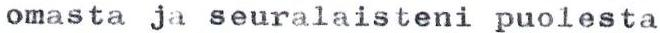
omasta ja seuralaisteni puolesta